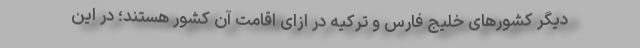
دیگر کشورهای خلیج فارس و ترکیه در ازای اقامت آن کشور هستند؛ در این